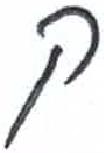
אות: ק